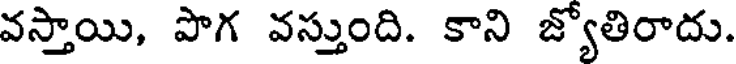
వస్తాయి, పొగ వస్తుంది. కాని జ్యోతిరాదు.